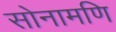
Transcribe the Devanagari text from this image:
सोनामणि